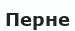
Перне